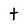
Character: t